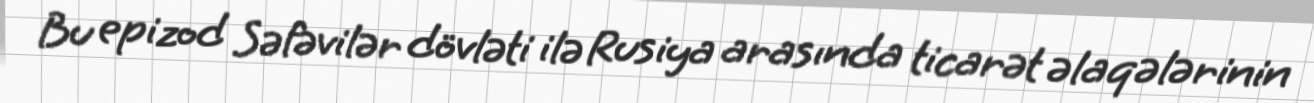
Bu epizod Səfəvilər dövləti ilə Rusiya arasında ticarət əlaqələrinin